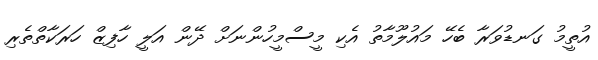
އުތީމު ގަނޑުވަރާ ބެހޭ މައުލޫމާތު އެކި މީސްމީހުންނަށް ދޭން އަލީ ހާފިޒް ހަރަކާތްތެރި